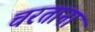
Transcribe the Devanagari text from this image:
चरताना